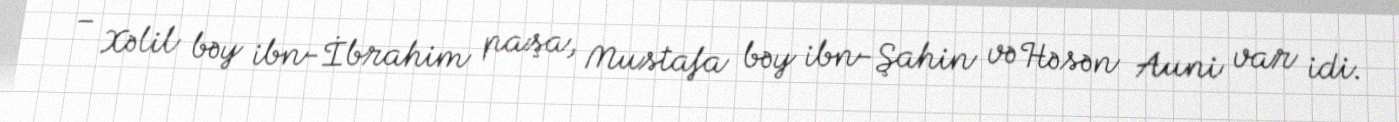
– Xəlil bəy ibn-İbrahim paşa, Mustafa bəy ibn-Şahin və Həsən Auni var idi.